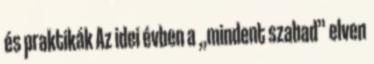
és praktikák Az idei évben a „mindent szabad” elven